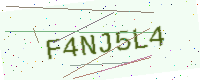
Text: F4NJ5L4